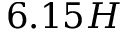
6 . 1 5 H